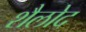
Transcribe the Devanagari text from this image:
शैलोद